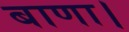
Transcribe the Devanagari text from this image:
बाणा।